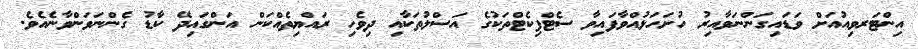
އިންޓަރވިއުއަށް ވަޑައިގަންނަވާއިރު ހުށަހަޅުއްވާފައިވާ ސެޓްފިކެޓްތަކުގެ އަސްލުތަކާއި ދިވެހި ރައްޔިތެއްކަން އަންގައިދޭ ކާޑު ގެންނަވަންވާނެއެވެ.